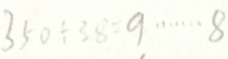
3 5 0 \div 3 8 = 9 \cdots 8